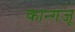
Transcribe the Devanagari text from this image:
कान्गजू